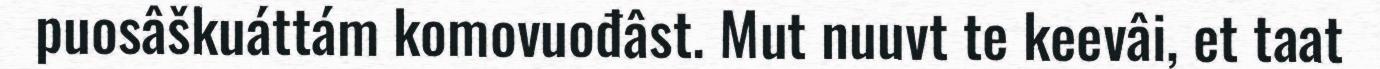
puosâškuáttám komovuođâst. Mut nuuvt te keevâi, et taat